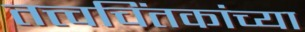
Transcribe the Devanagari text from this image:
तत्त्वचिंतकांच्या